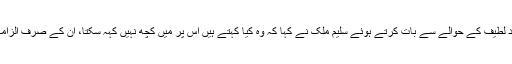
سابق وکٹ کیپر اور کپتان راشد لطیف کے حوالے سے بات کرتے ہوئے سلیم ملک نے کہا کہ وہ کیا کہتے ہیں اس پر میں کچھ نہیں کہہ سکتا، ان کے صرف الزامات ہی ہیں، ثبوت بھی تو لائیں۔